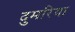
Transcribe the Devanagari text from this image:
दुमरिया